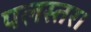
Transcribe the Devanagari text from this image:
पलस्तर।